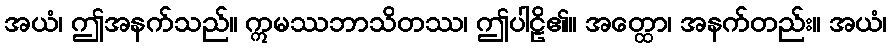
အယံ၊ ဤအနက်သည်။ ဣမဿဘာသိတဿ၊ ဤပါဠိ၏။ အတ္ထော၊ အနက်တည်း။ အယံ၊